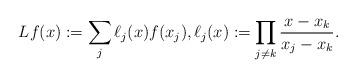
LaTeX: \begin{align*}Lf (x) := \sum_j \ell_j(x) f(x_j) , \ell_j(x):=\prod_{j\ne k} {x-x_k\over x_j-x_k}.\end{align*}